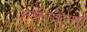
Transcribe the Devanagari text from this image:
अफ़्रीकैनर्स